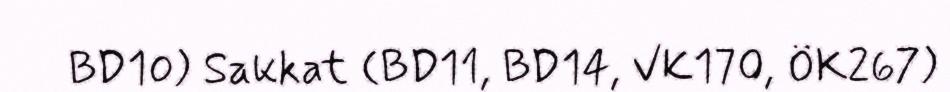
BD10) Sakkat (BD11, BD14, VK170, ÖK267)